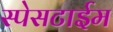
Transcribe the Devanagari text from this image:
स्पेसटाईम